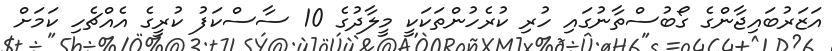
އަޒަރުބައިޖާންގެ ގޯބުސްތާނުގައި ހުރި ކުރެހުންތަކަކީ މީލާދުގެ 10 ސާސްކަފު ކުރީގެ އެއްޗެހި ކަމަށް